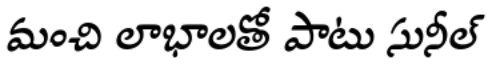
మంచి లాభాలతో పాటు సునీల్